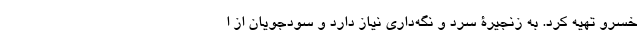
خسرو تهیه کرد. به زنجیرۀ سرد و نگه‌داری نیاز دارد و سودجویان از ا